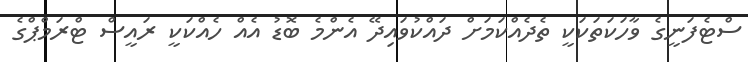
ސްޓެފަނީގެ ވާހަކަތަކަކީ ތެދެއްކަމަށް ދައްކުވައިދޭ އެންމެ ބޮޑު އެއް ހެއްކަކީ ރައީސް ޓްރަމްޕްގެ